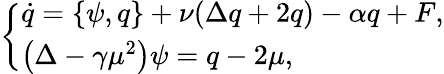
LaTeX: \left\{ \begin{array}{ll}{\dot{q}=\left\{ \psi,q\right\} +\nu(\Delta q+2q)-\alpha q+F,}\\ {\left(\Delta-\gamma\mu^{2}\right)\psi=q-2\mu,}\end{array}\right.